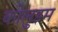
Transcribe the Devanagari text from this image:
कोलुइम